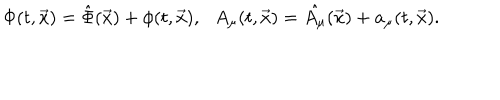
\Phi ( t , \vec { x } ) = \hat { \Phi } ( \vec { x } ) + \phi ( t , \vec { x } ) , \: \: \: A _ { \mu } ( t , \vec { x } ) = \hat { A _ { \mu } } ( \vec { x } ) + a _ { \mu } ( t , \vec { x } ) .